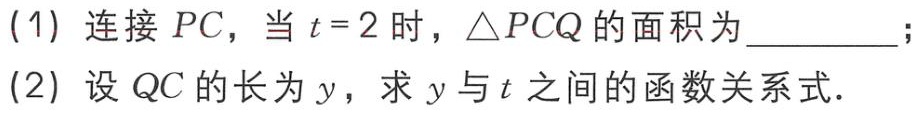
(1) 连接 \(PC\)，当 \(t = 2\) 时，\(\triangle PCQ\) 的面积为  ；

(2) 设 \(QC\) 的长为 \(y\)，求 \(y\) 与 \(t\) 之间的函数关系式.